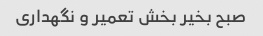
صبح بخیر بخش تعمیر و نگهداری